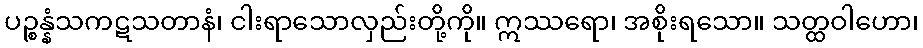
ပဉ္စန္နံသကဋသတာနံ၊ ငါးရာသောလှည်းတို့ကို။ ဣဿရော၊ အစိုးရသော။ သတ္ထဝါဟော၊